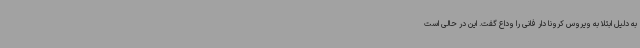
به دلیل ابتلا به ویروس کرونا دار فانی را وداع گفت. این در حالی است